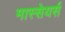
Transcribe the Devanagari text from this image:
मास्सेयर्स